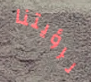
لرؤيتنا